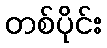
တစ်ပိုင်း